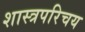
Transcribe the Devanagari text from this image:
शास्त्रपरिचय